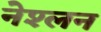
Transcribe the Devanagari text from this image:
नेश्लन